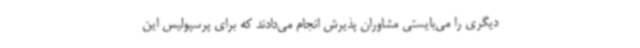
دیگری را می‌بایستی مشاوران پذیرش انجام می‌دادند که برای پرسپولیس این